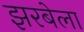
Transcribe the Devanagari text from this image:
झरबेला